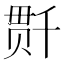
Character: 𰅺